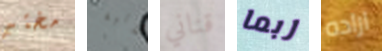
مختبر ثلاثية قناني ربما اراده